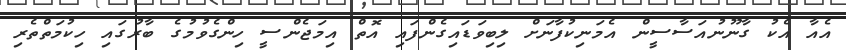
އެއާ އެކު ގާނޫނުއަސާސީން އެމަނިކުފާނަށް ލިބިވަޑައިގެންފައި އޮތް އިމަޖެންސީ ހިންގެވުމުގެ ބާރުގައި ހިކުމަތްތެރި